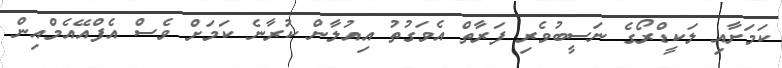
ކަމަށާއި ލަކީޑްރޯގެ ނަސީބުވެރި ފަރާތް އެވަގުތު އިއުލާން ކުރާނެ ކަމަށް ވެސް އެފްއޭއެމްއިން